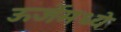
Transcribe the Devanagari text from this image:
ऊर्जेमध्ये